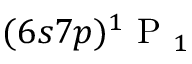
( 6 s 7 p ) \ensuremath { { ^ 1 \mathrm { ~ P ~ } _ { 1 } } }